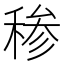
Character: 䅟